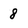
Character: 8